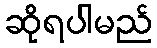
ဆိုရပါမည်